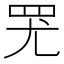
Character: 𱺷